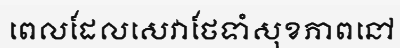
ពេលដែលសេវាថែទាំសុខភាពនៅ